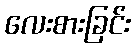
လေးစားခြင်း